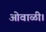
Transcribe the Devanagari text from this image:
ओवाळी।